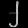
Digit: ၂